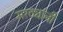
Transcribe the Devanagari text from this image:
मरठ्यांनी